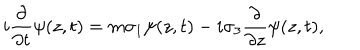
i \frac { \partial } { \partial t } \psi ( z , t ) = m \sigma _ { 1 } \psi ( z , t ) - i \sigma _ { 3 } \frac { \partial } { \partial z } \psi ( z , t ) ,